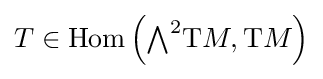
T\in \operatorname {Hom} \left({\textstyle \bigwedge }^{2}{\rm {T}}M,{\rm {T}}M\right)